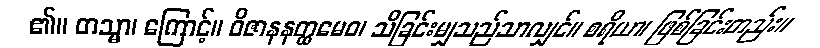
၏။ တသ္မာ၊ ကြောင့်။ ဝိဇာနနတ္ထမေဝ၊ သိခြင်းမျှသည်သာလျှင်။ စရိယာ၊ ဖြစ်ခြင်းတည်း။